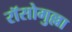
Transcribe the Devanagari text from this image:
रॉसोगुल्ला